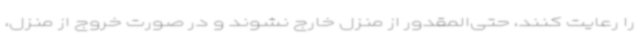
را رعایت کنند، حتی‌المقدور از منزل خارج نشوند و در صورت خروج از منزل،